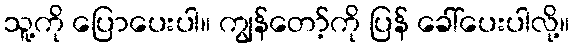
သူ့ကို ပြောပေးပါ။ ကျွန်တော့်ကို ပြန် ခေါ်ပေးပါလို့။